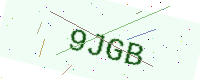
Text: 9JGB